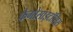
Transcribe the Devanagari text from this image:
फैगोसाइटॉसिस